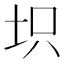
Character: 𱖕